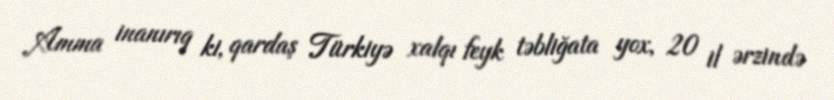
Amma inanırıq ki, qardaş Türkiyə xalqı feyk təbliğata yox, 20 il ərzində